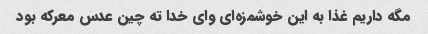
مگه داریم غذا به این خوشمزه‌ای وای خدا ته چین عدس معرکه بود